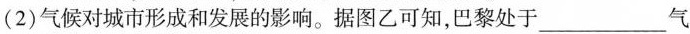
(2)气候对城市形成和发展的影响。据图乙可知，巴黎处于___气